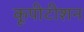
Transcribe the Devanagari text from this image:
कूपीटीशन